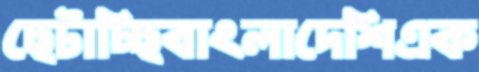
ছেটাচ্ছিবাংলাদেশিএক